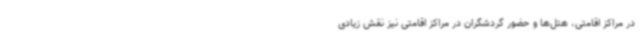
در مراکز اقامتی، هتل‌ها و حضور گردشگران در مراکز اقامتی نیز نقش زیادی